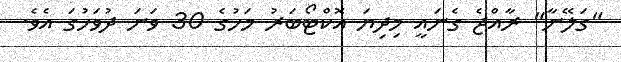
"ގަލޭނާ" ރާއްޖެ ގެނައީ މިދިޔަ އޮކްޓޯބަރު މަހުގެ 30 ވަނަ ދުވަހުގަ އެވެ.